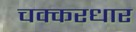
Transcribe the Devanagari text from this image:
चक्करधार